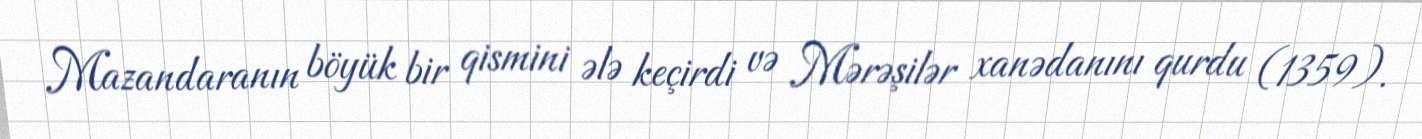
Mazandaranın böyük bir qismini ələ keçirdi və Mərəşilər xanədanını qurdu (1359).